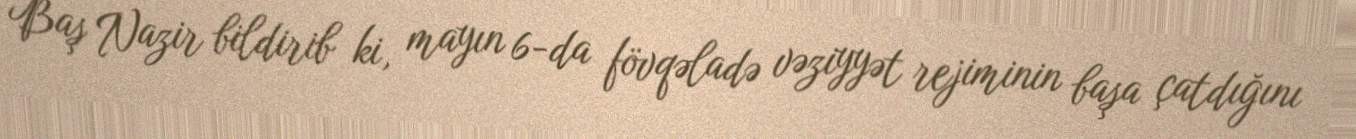
Baş Nazir bildirib ki, mayın 6-da fövqəladə vəziyyət rejiminin başa çatdığını